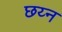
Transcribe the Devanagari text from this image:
छय्न